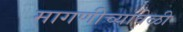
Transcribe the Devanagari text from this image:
मागणीच्यावेळी